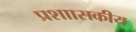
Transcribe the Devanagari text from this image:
प्रशाासकीय